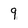
Character: 9